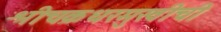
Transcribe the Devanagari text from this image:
श्रीचक्रधरमुखीची